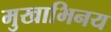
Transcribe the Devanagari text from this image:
मुखाभिनय